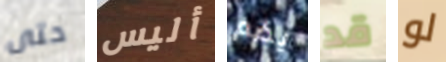
حتى أليس يضم قد لو